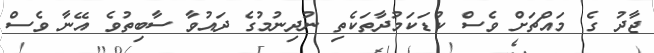
ޖާދު ގެ މައްޗަށް ވެސް ކުޑަކަމުދާތަކެތި ނުދިނުމުގެ ދައުވާ ސާބިތުވެ އޭނާ ވެސް